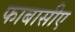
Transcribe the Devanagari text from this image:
फाबासीए